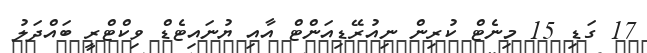
17 ގަޑި 15 މިނެޓް ކުރިން ނިއުރޭޑިއަންޓް އާއި ޔުނައިޓެޑް ވިކްޓްރީ ބައްދަލު